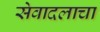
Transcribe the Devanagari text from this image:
सेवादलाचा